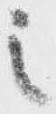
之